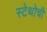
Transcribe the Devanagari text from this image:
स्टेथोची